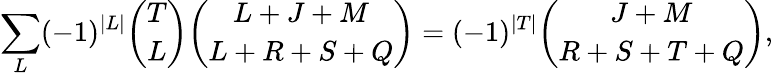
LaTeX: \sum_{L}(-1)^{\vert L\vert}{\binom{T}{L}}{\binom{L+J+M}{L+R+S+Q}}=(-1)^{\vert T\vert}{\binom{J+M}{R+S+T+Q}},